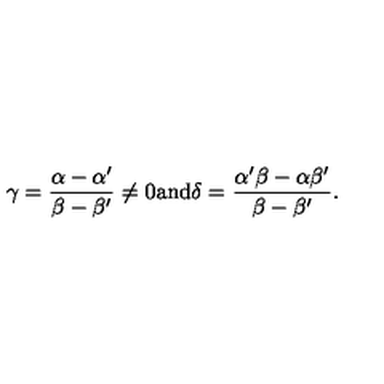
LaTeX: \gamma = { \frac { \alpha - \alpha ^ { \prime } } { \beta - \beta ^ { \prime } } } \neq 0 \mathrm { a n d } \delta = { \frac { \alpha ^ { \prime } \beta - \alpha \beta ^ { \prime } } { \beta - \beta ^ { \prime } } } .